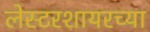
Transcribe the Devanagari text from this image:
लेस्टरशायरच्या